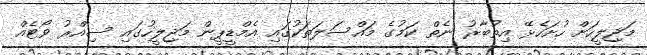
މަޖިލީހަށް ހުށަހެޅޭ އިތުބާރު ނެތް ކަމުގެ މައްސަލަތަކުގައި އެމްޑީޕީން މަޖިލީހުގައި ސިއްރު ވޯޓެއް